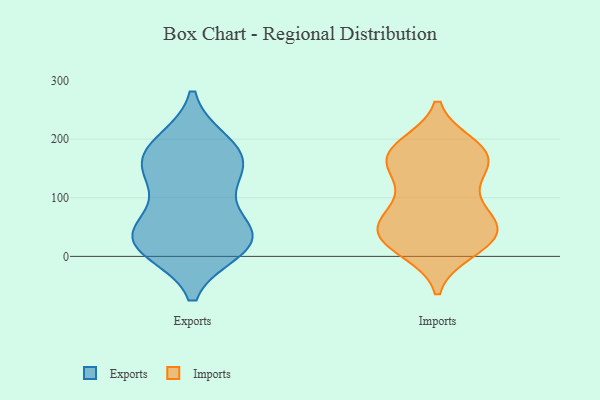
{"axis": {"x": "Production Output", "y": "Value"}, "legend": ["Exports", "Imports"], "data": [{"x": "", "y": 13, "type": "Exports"}, {"x": "", "y": 24, "type": "Exports"}, {"x": "", "y": 193, "type": "Exports"}, {"x": "", "y": 162, "type": "Exports"}, {"x": "", "y": 22, "type": "Exports"}, {"x": "", "y": 190, "type": "Exports"}, {"x": "", "y": 167, "type": "Exports"}, {"x": "", "y": 136, "type": "Exports"}, {"x": "", "y": 43, "type": "Exports"}, {"x": "", "y": 42, "type": "Exports"}, {"x": "", "y": 155, "type": "Exports"}, {"x": "", "y": 107, "type": "Exports"}, {"x": "", "y": 42, "type": "Exports"}, {"x": "", "y": 21, "type": "Exports"}, {"x": "", "y": 185, "type": "Imports"}, {"x": "", "y": 142, "type": "Imports"}, {"x": "", "y": 16, "type": "Imports"}, {"x": "", "y": 188, "type": "Imports"}, {"x": "", "y": 85, "type": "Imports"}, {"x": "", "y": 39, "type": "Imports"}, {"x": "", "y": 156, "type": "Imports"}, {"x": "", "y": 37, "type": "Imports"}, {"x": "", "y": 121, "type": "Imports"}, {"x": "", "y": 174, "type": "Imports"}, {"x": "", "y": 36, "type": "Imports"}, {"x": "", "y": 157, "type": "Imports"}, {"x": "", "y": 57, "type": "Imports"}, {"x": "", "y": 69, "type": "Imports"}, {"x": "", "y": 23, "type": "Imports"}, {"x": "", "y": 71, "type": "Imports"}, {"x": "", "y": 179, "type": "Imports"}, {"x": "", "y": 11, "type": "Imports"}, {"x": "", "y": 174, "type": "Imports"}, {"x": "", "y": 46, "type": "Imports"}]}